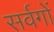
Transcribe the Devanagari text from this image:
सर्वगों